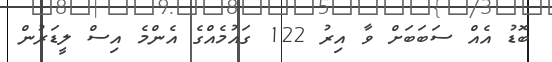
ބޮޑު އެއް ސަބަބަށް ވާ އިރު 122 ގައުމެއްގެ އެންމެ އިސް ލީޑަރުން